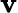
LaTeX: \textbf{v}